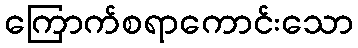
ကြောက်စရာကောင်းသော